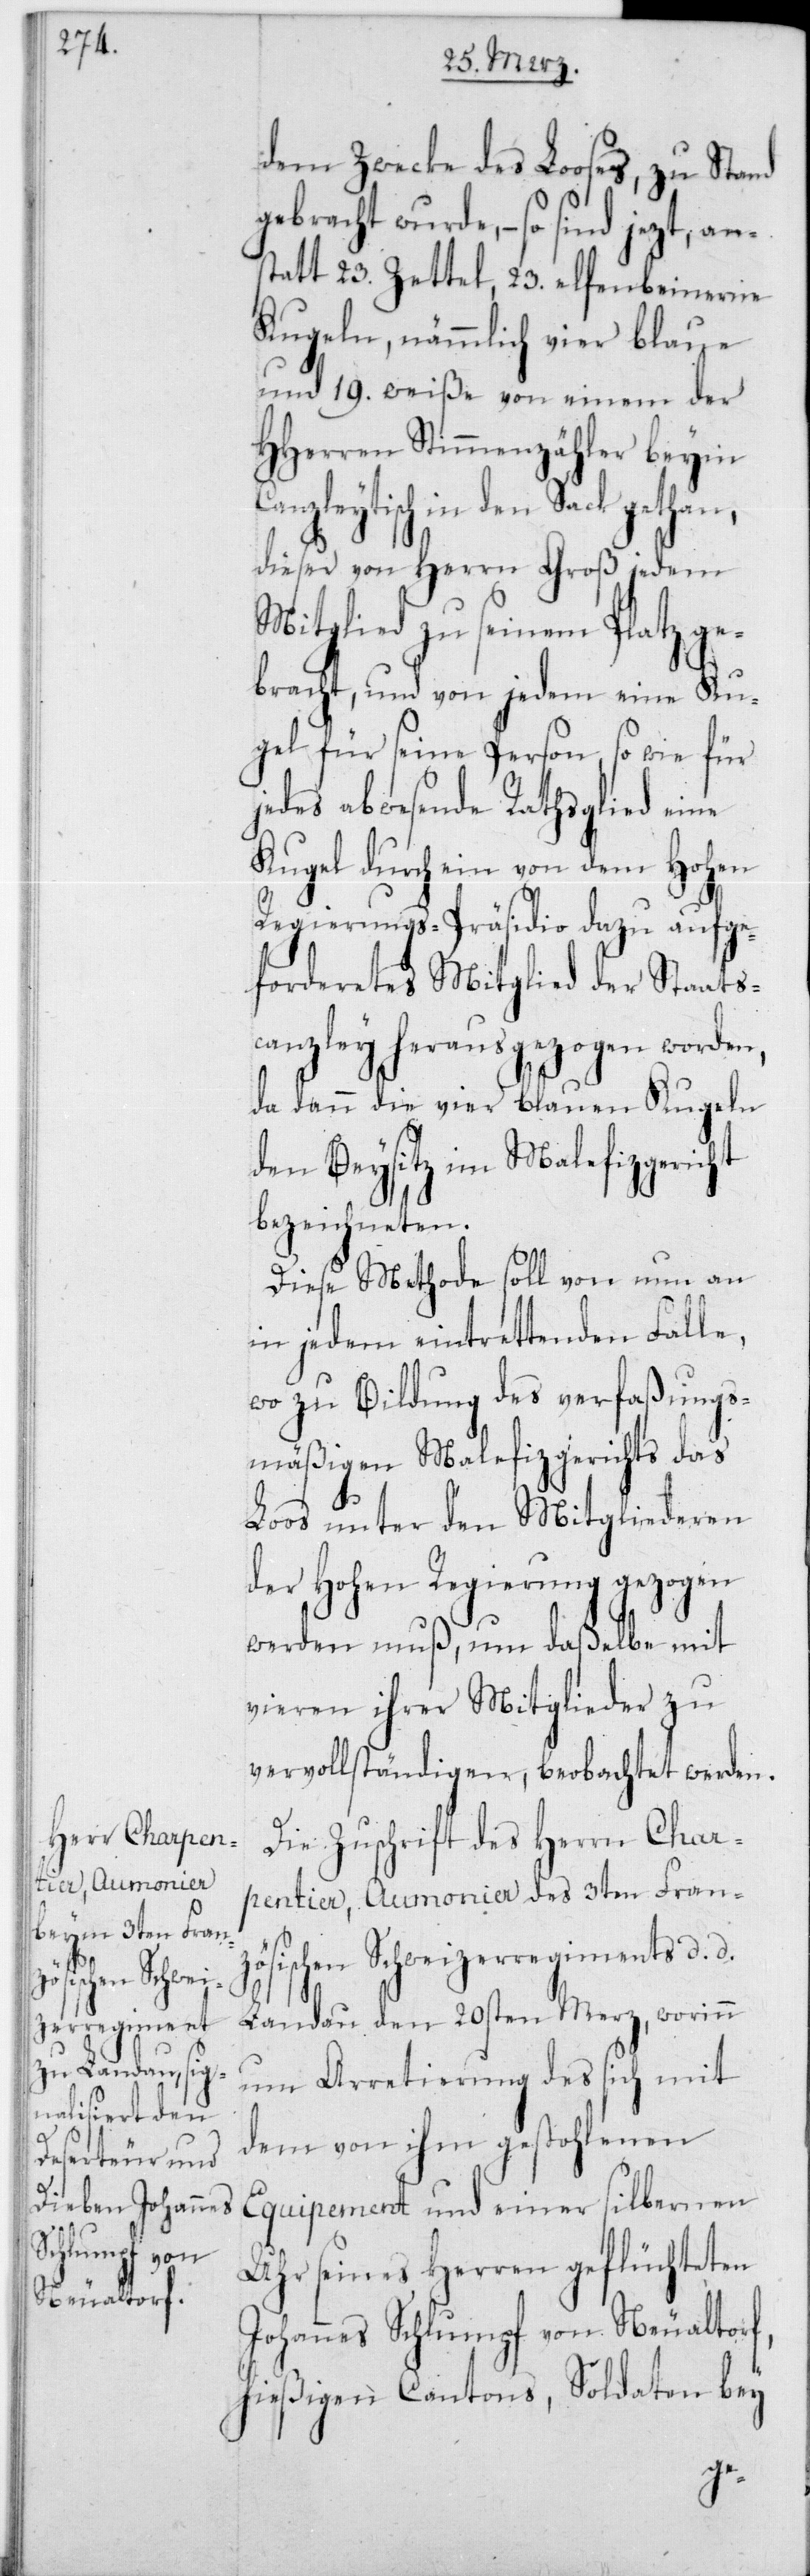
dem Zwecke des Looses, zu Stand
gebracht wurde, – so sind jet¬
statt 23 Zettel, 23 elfenbeinerne
Kugeln, nämmlich vier blaue
und 19 weiße von einem der
HHerren Stimmenzähler beym
in den Sack gethan,
dieser von Herrn Groß jedem
Mitglied zu seinem Platz ge¬
bracht, und von jedem eine Ku¬
gel für seine Person, so wie für
jedes abwesende Rathsglied eine
Kugel durch ein von dem Hohen
Regierungs-Präsidio dazu aufge¬
forderetes Mitglied der Staatsc¬
anzley herausgezogen worden,
da dann die vier blauen Kugeln
den Beysitz im Malefizgericht
bezeichneten.
Diese Methode soll von nun an
in jedem eintretenden Falle,
wo zu Bildung des verfassungs¬
mässigen Malefizgerichts das
Los unter den Mitgliederen
der hohen Regierung gezogen
werden muss, um dasselbe mit
vieren ihrer Mitglieder zu
vervollständigen, beobachtet werden.
Die Zuschrift des Herrn Char¬
pentier, Aumonier des 3ten Franzö¬
sischen Schweizerregiments d. d.
Landau den 20sten Merz, worinn
um Arretierung des sich mit
dem von ihm gestohlenen
Equipement und einer silbernen
Uhr seines Herren geflüchteten
Johannes Schlumpf von Neualtorf,
hießigen Cantons, Soldaten bey
an¬